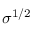
\sigma ^ { 1 / 2 }